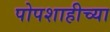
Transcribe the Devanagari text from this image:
पोपशाहीच्या